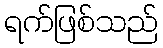
ရက်ဖြစ်သည်